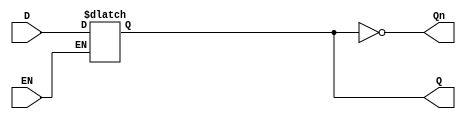
module GatedDLatch (
    input wire D,     // Data input
    input wire EN,    // Enable input
    output reg Q,     // Output
    output wire Qn    // Complement of Q
);

// Assigning the complement of Q
assign Qn = ~Q;

// Always block to implement the behavior of the Gated D Latch
always @* begin
    if (EN) begin
        Q = D;  // When EN is high, Q follows D
    end
    // When EN is low, Q retains its previous value
end

endmodule